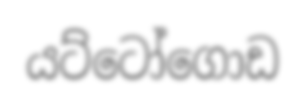
යට්ටෝගොඩ